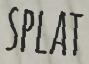
SPLAT